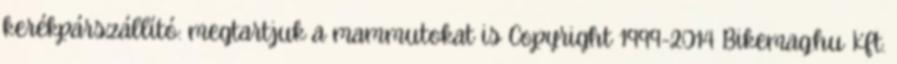
kerékpárszállító: megtartjuk a mammutokat is Copyright 1999-2014 Bikemag.hu Kft.